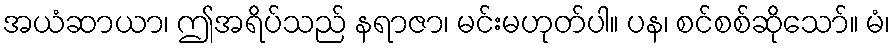
အယံဆာယာ၊ ဤအရိပ်သည် နရာဇာ၊ မင်းမဟုတ်ပါ။ ပန၊ စင်စစ်ဆိုသော်။ မံ၊